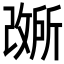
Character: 𫿐